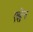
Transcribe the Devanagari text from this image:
एह्रेन